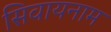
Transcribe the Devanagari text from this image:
सिवायनाम